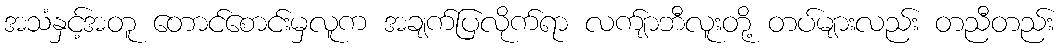
အသံနှင့်အတူ တောင်စောင်းမှလူက အချက်ပြလိုက်ရာ လက်ျာဘီလူးတို့ တပ်များလည်း တညီတည်း